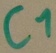
Text: C1